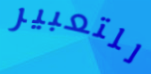
للتعبير